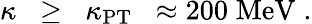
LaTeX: \kappa\; \; \ge\; \; \kappa_{\mathrm{PT}}\; \; \approx 200\; \mathrm{MeV}\; .